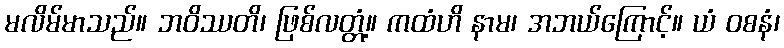
မလိမ်မာသည်။ ဘဝိဿတိ၊ ဖြစ်လတ္တံ့။ ကထံဟိ နာမ၊ အဘယ်ကြောင့်။ ယံ ဝစနံ၊